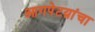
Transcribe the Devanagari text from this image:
आगपेटय़ांचा